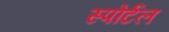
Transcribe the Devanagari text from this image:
स्पोर्टल